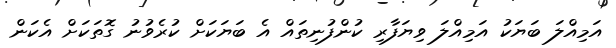
އަމިއްލަ ބަޔަކު އަމިއްލަ ވިޔަފާރި ކުންފުނިތައް އެ ބަޔަކަށް ކުރެވުނު ގޮތަކަށް އެކަން